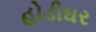
હોડીઘર